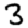
Digit: 3